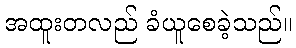
အထူးတလည် ခံယူစေခဲ့သည်။